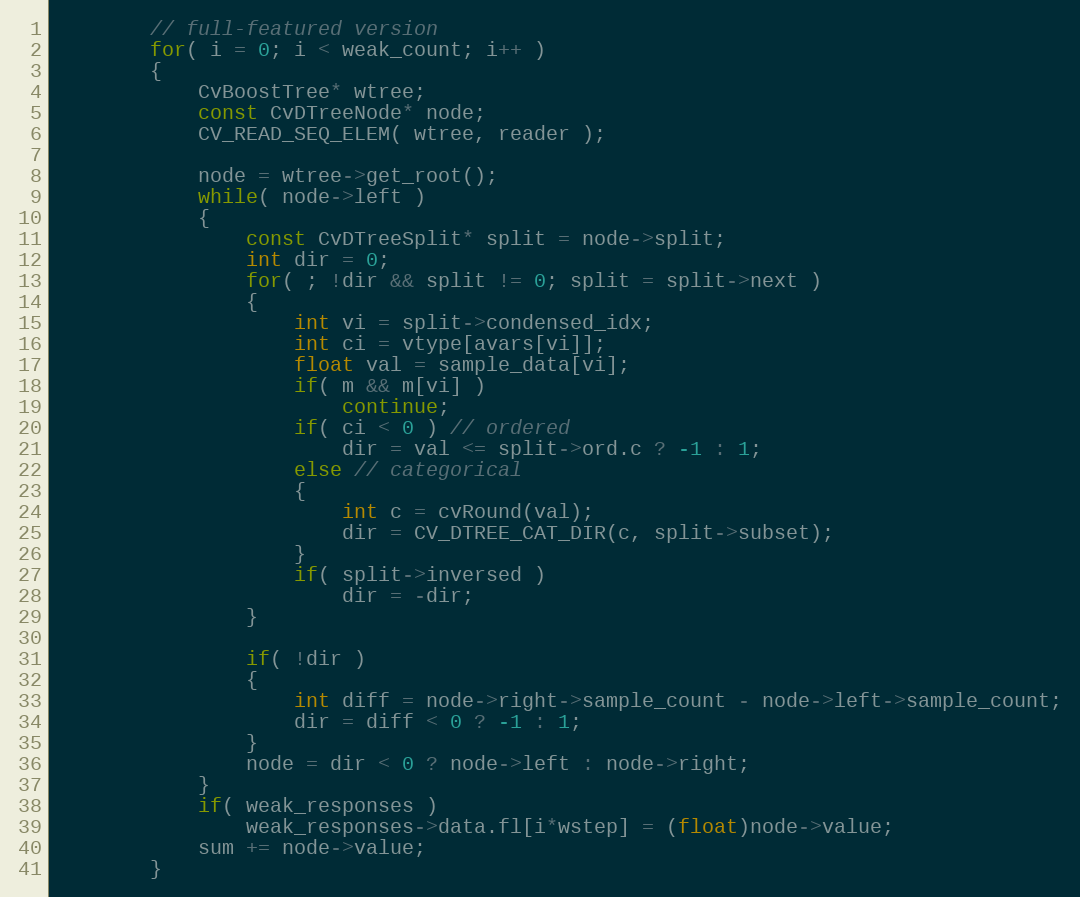
Language: C++
        // full-featured version
        for( i = 0; i < weak_count; i++ )
        {
            CvBoostTree* wtree;
            const CvDTreeNode* node;
            CV_READ_SEQ_ELEM( wtree, reader );

            node = wtree->get_root();
            while( node->left )
            {
                const CvDTreeSplit* split = node->split;
                int dir = 0;
                for( ; !dir && split != 0; split = split->next )
                {
                    int vi = split->condensed_idx;
                    int ci = vtype[avars[vi]];
                    float val = sample_data[vi];
                    if( m && m[vi] )
                        continue;
                    if( ci < 0 ) // ordered
                        dir = val <= split->ord.c ? -1 : 1;
                    else // categorical
                    {
                        int c = cvRound(val);
                        dir = CV_DTREE_CAT_DIR(c, split->subset);
                    }
                    if( split->inversed )
                        dir = -dir;
                }

                if( !dir )
                {
                    int diff = node->right->sample_count - node->left->sample_count;
                    dir = diff < 0 ? -1 : 1;
                }
                node = dir < 0 ? node->left : node->right;
            }
            if( weak_responses )
                weak_responses->data.fl[i*wstep] = (float)node->value;
            sum += node->value;
        }